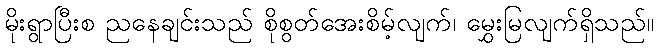
မိုးရွာပြီးစ ညနေချင်းသည် စိုစွတ်အေးစိမ့်လျက်၊ မွှေးမြလျက်ရှိသည်။